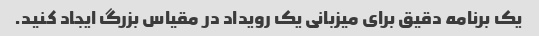
یک برنامه دقیق برای میزبانی یک رویداد در مقیاس بزرگ ایجاد کنید.